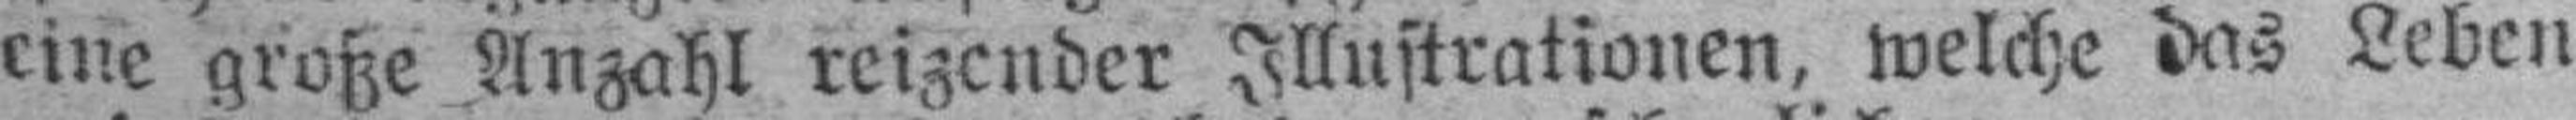
eine große Anzahl reizender Illustrationen, welche das Leben